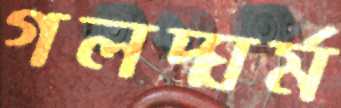
গলদ্ঘর্ম